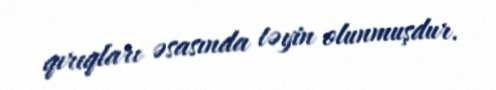
qırıqları əsasında təyin olunmuşdur.